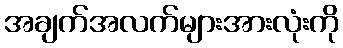
အချက်အလက်များအားလုံးကို